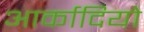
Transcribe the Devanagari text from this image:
आर्कादियो